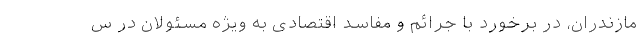
مازندران، در برخورد با جرائم و مفاسد اقتصادی به ویژه مسئولان در س